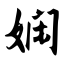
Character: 娴